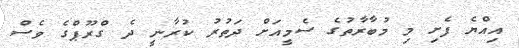
އިއްޔެ ފެށި މި މުބާރާތުގެ ސެމީއަށް ދަތުރު ކުރާނީ ދެ ގްރޫޕްގެ ވެސް